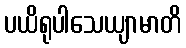
ပယိရုပါသေယျာမာတိ